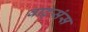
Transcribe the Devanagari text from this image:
वाट्संस